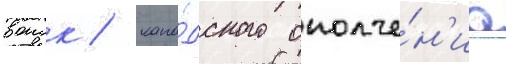
воиск / кана́дского ополче́н'иа